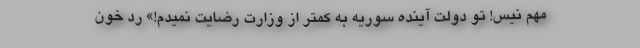
مهم نیس! تو دولت آینده سوریه به کمتر از وزارت رضایت نمیدم!» ردّ خون